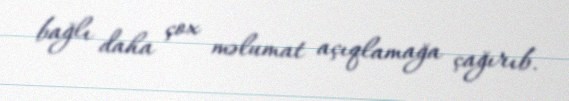
bağlı daha çox məlumat açıqlamağa çağırıb.